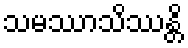
သမဿာသိဿန္တိ